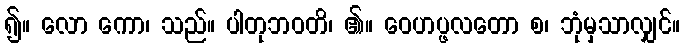
၍။ လော ကော၊ သည်။ ပါတုဘဝတိ၊ ၏။ ဝေဟပ္ဖလတော စ၊ ဘုံမှသာလျှင်။